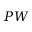
P W